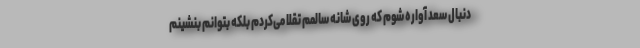
دنبال سعد آواره شوم که روی شانه سالمم تقلاّ می‌کردم بلکه بتوانم بنشینم